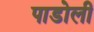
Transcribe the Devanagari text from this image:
पाडोली